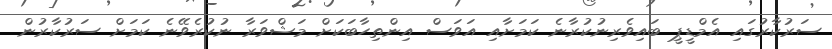
ސަރުކާރުގައި އެމްޑީޕީ ބައިވެރިނުކުރާނެ ކަމަށާއި އަވަސް އިންތިހާބަކަށް މަޝްވަރާ ނުކުރެވޭނެ ކަމަށް ސަރުކާރުން